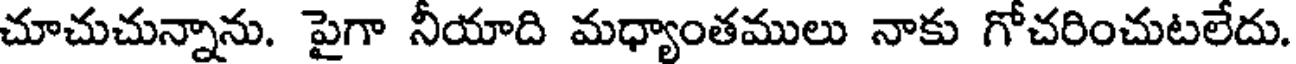
చూచుచున్నాను. పైగా నీయాది మధ్యాంతములు నాకు గోచరించుటలేదు.